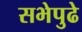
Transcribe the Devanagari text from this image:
सभेपुढे